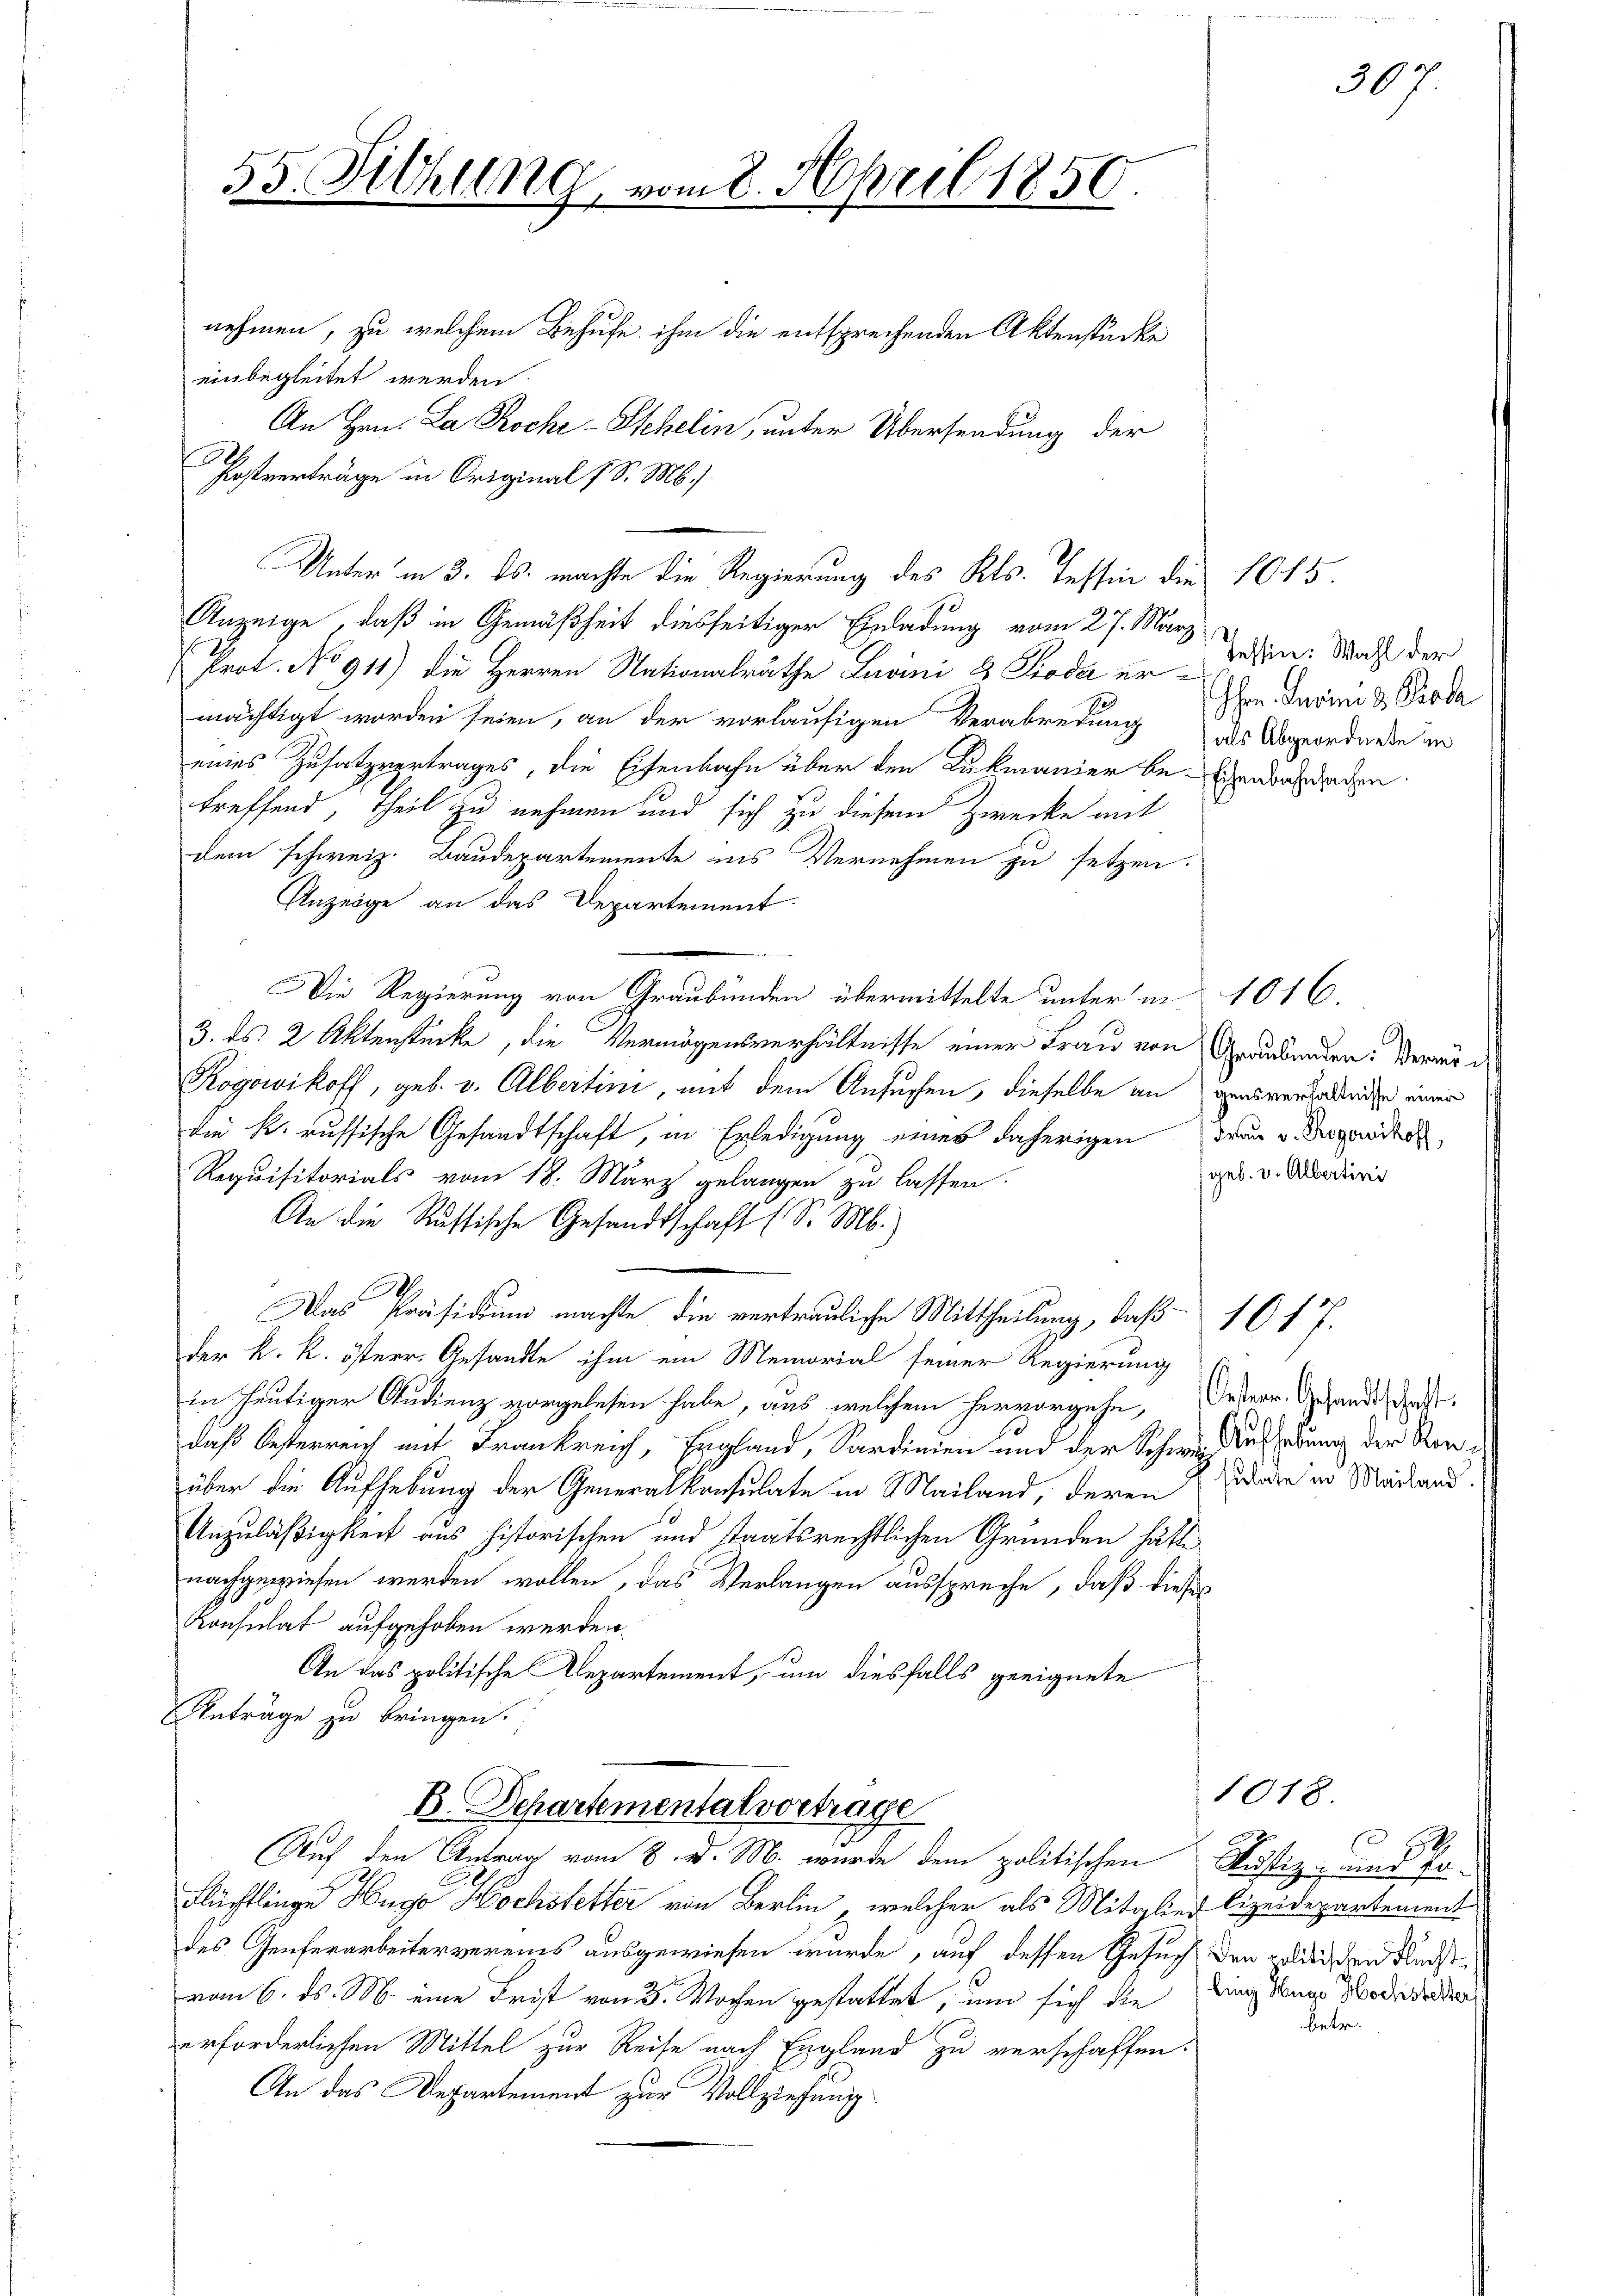
55. Sitzung

einbegleitet werden.
M
Fostverträge in Original I S. M.)
Unter in 3. ds. machte die Regierung des Kts. Tessin die 1015.
Anzeige, daß in Gemäßheit diesseitiger Einladung vom 27. März
Prot. No 911) die Herren Nationalräthe Zuvini & Pioda ermächtigt worden seien, an der vorläufigen Verabredung
eines Zusatzvertrages, die Eisenbahn über den Lukmanier be-
treffend, theil zu nehmen und sich zu diesem Zwecke mit
dem schweiz. Baudepartemente ins Vernehmen zu setzen.
Anzeige an das Departement.
Die Regierung von Graubünden übermittelte unter in 1016.
3. ds. 2 Aktenstücke, die Vermögensverhältnisse einer Frau von
Kögowikoff, geb. v. Albertini, mit dem Ansuchen, dieselbe an
die k. russische Gesandtschaft, in Erledigung eines daherigen
Requisitorials vom 18. März gelangen zu lassen.
An die Russische Gesandtschaft (S. M.)
C
Das Präsidium machte, die vertrauliche Mittheilung, daß
der k. k. österr. Gesandte ihm ein Memorial seiner Regierung
in heutiger Studienz vorgelesen habe, aus welchem hervorgehe,
daß Oesterreich mit Frankreich, England, Sardinien und der Schwie
über die Aufhebung der Generalkonsulate in Mailand, deren
Anzuläßigkeit aus historischen und staatsrechtlichen Gründen hätte
nachgewiesen werden wollen, das Verlangen ausspreche, daß diese
Konsulat aufgehoben werden.
An das politische Departement, um diesfalls geeignete
Anträge zu bringen.
B. Departemental vortrage
Auf den Antrag vom 8. d. M. wurde dem politischen
Flüchtlinge Hugo Hochstetter von Berlin , welcher als Mitglied Cizeidepartement
des Genferarbeitervereins ausgewiesen wurde, auf dessen Gesucht den politischen Radstvom 6. ds. M. eine Frist von 3. Wochen gestattet, um sich die
erforderlichen Mittel zur Reise nach England zu verschaffen.
An das Departement zur Vollziehung

nehmen, zu welchem Behufe ihm die entsprechenden Aktenstücke
An Hrn. La Roche-Schelin, unter Übersendung der

vom 8. April 1859.

Tessin: Wahl der
Ihre Jurini d. Proha
 als Abgeordnete in
Eisenbahnsachen

1017.

Graubünden: Vermögensverhältnisse einer
Frau v. Rogowikoff,
(geb. v. Albertini

307

Oesterr. Gesandtschaft.
Aufhebung der Kon
sulate in Mailand.

1018.
Justiz- und Joling Hugo Hochstetter,
betr.